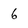
Character: 6